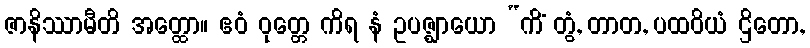
ဇာနိဿာမီတိ အတ္ထော။ ဧဝံ ဝုတ္တေ ကိရ နံ ဥပဇ္ဈာယော “ကိံ တွံ, တာတ, ပထဝိယံ ဌိတော,